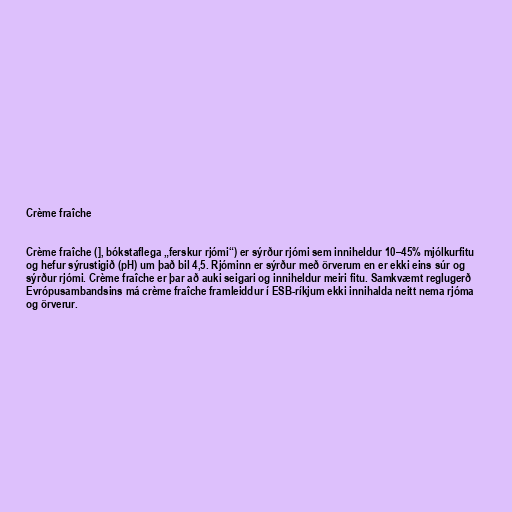
Crème fraîche

Crème fraîche (], bókstaflega „ferskur rjómi“) er sýrður rjómi sem inniheldur 10–45% mjólkurfitu
og hefur sýrustigið (pH) um það bil 4,5. Rjóminn er sýrður með örverum en er ekki eins súr og
sýrður rjómi. Crème fraîche er þar að auki seigari og inniheldur meiri fitu. Samkvæmt reglugerð
Evrópusambandsins má crème fraîche framleiddur í ESB-ríkjum ekki innihalda neitt nema rjóma
og örverur.